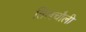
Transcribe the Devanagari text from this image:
तिलचौली